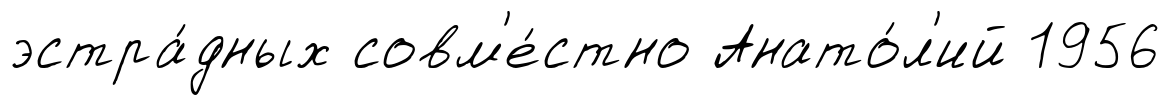
эстра́дных совм'е́стно Анато́л'ий 1956